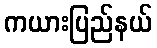
ကယားပြည်နယ်